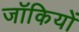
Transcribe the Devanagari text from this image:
जॉकियों